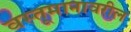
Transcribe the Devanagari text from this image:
वस्तूमानावरील